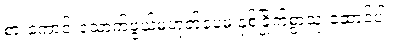
စားကောင်းသောက်ဖွယ်မဟုတ်ပေမဲ့ နှစ်ခြိုက်စွာသုံးဆောင်ပါ။